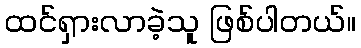
ထင်ရှားလာခဲ့သူ ဖြစ်ပါတယ်။